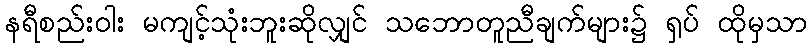
နရီစည်းဝါး မကျင့်သုံးဘူးဆိုလျှင် သဘောတူညီချက်များ၌ ရှပ် ထိုမှသာ